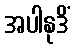
အပါနုဒိံ